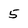
Character: 5